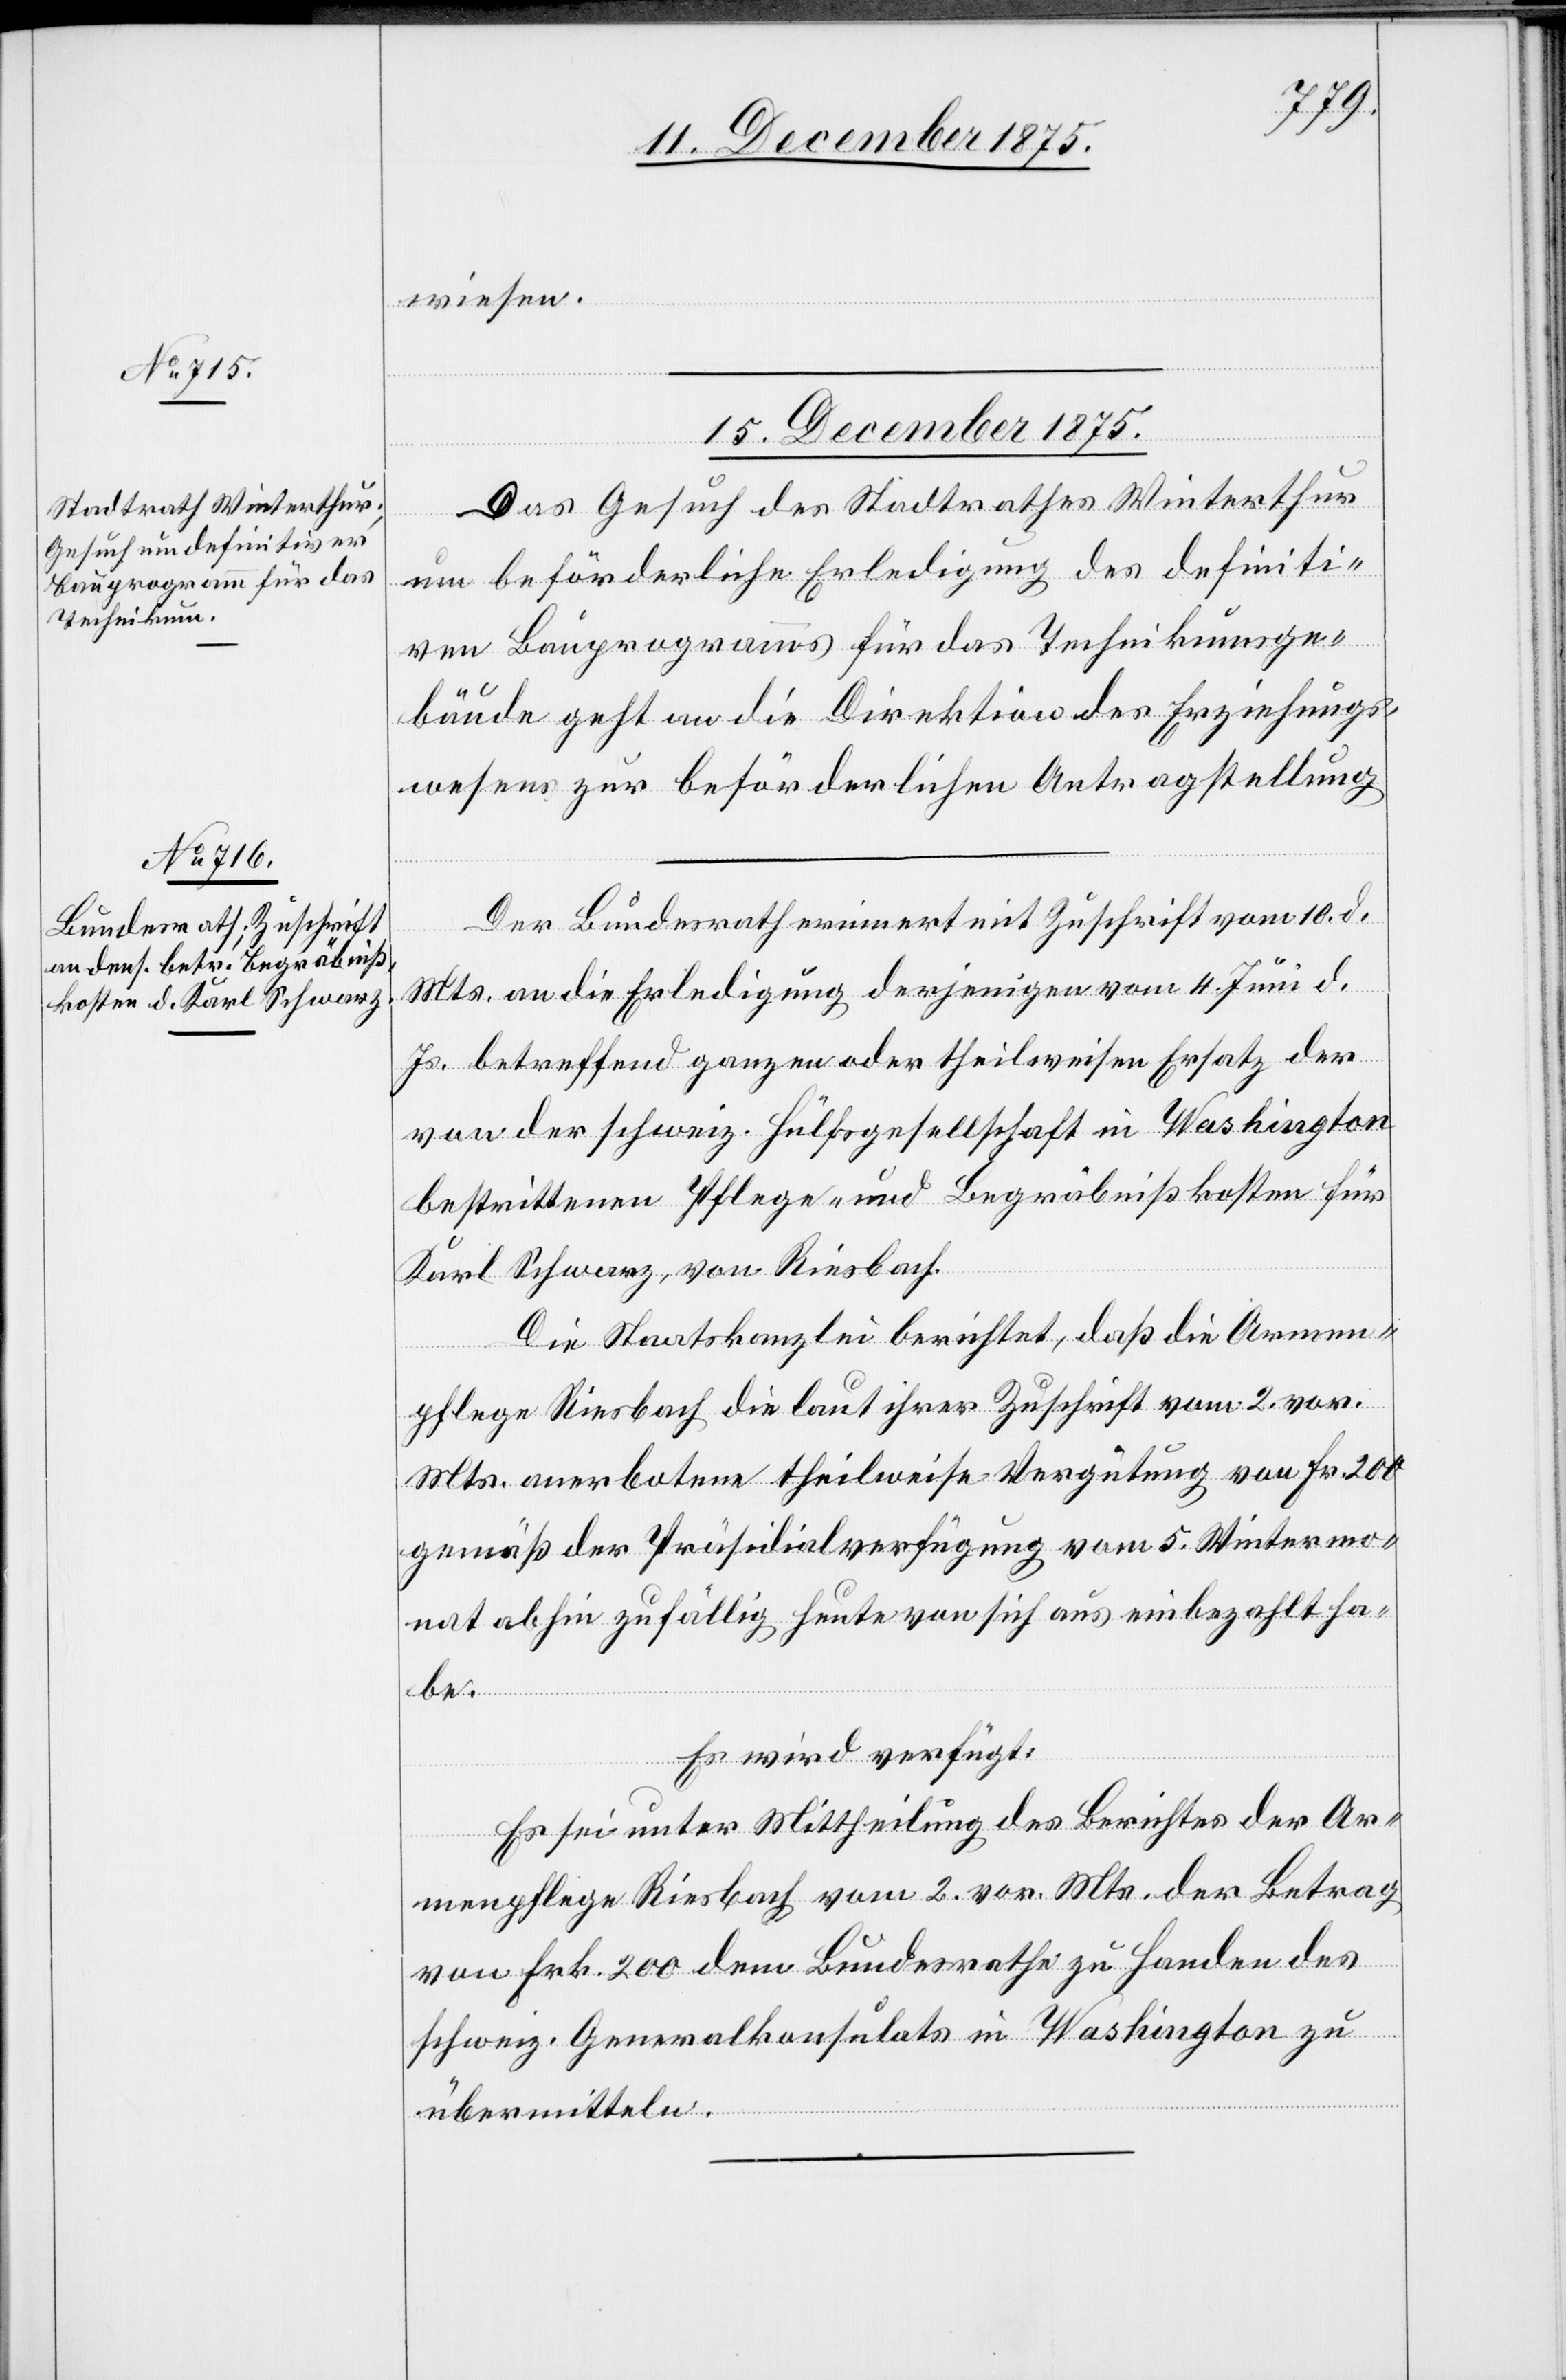
15. December 1875.]
wiesen.
15. December 1875.
Das Gesuch des Stadtrathes Winterthur
um beförderliche Erledigung des definiti¬
ven Bauprogramms für das Technikumsge¬
bäude geht an die Direktion des Erziehungs¬
wesens zur beförderlichen Antragstellung.
Der Bundesrath erinnert mit Zuschrift vom 10. d.
Mts. an die Erledigung derjenigen vom 4. Juni d.
Js. betreffend ganzen oder theilweisen Ersatz der
von der schweiz. Hülfsgesellschaft in Washington
bestrittenen Pflege- und Begräbnißkosten für
Karl Schwarz von Riesbach.
Die Staatskanzlei berichtet, daß die Armen¬
pflege Riesbach[,] die laut ihrer Zuschrift vom 2. vor.
Mts. anerbotene theilweise Vergütung von Fr. 200
gemäß der Präsidialverfügung vom 5. Wintermo¬
nat abhin zufällig heute[,] von sich aus einbezahlt ha¬
be.
Es wird verfügt:
Es sei unter Mittheilung des Berichtes der Ar¬
menpflege Riesbach vom 2. vor. Mts. der Betrag
von Frk. 200 dem Bundesrathe zu Handen des
schweiz. Generalkonsulates in Washington zu
übermitteln.